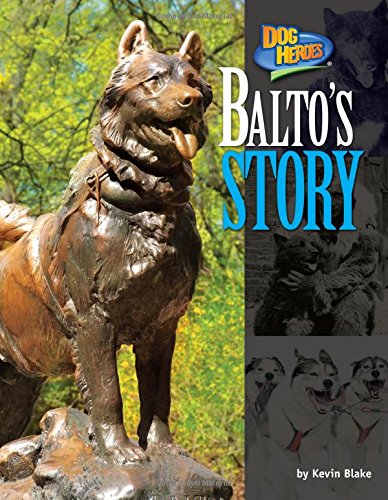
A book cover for Balto's Story (Dog Heroes); Kevin Blake; Sports & Outdoors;